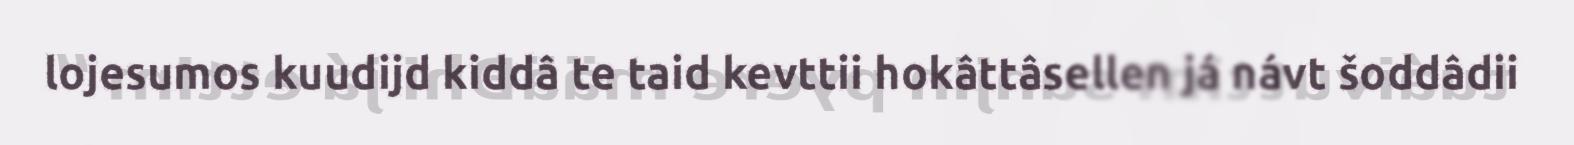
lojesumos kuudijd kiddâ te taid kevttii hokâttâsellen já návt šoddâdii